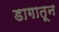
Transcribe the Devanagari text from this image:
डागातून